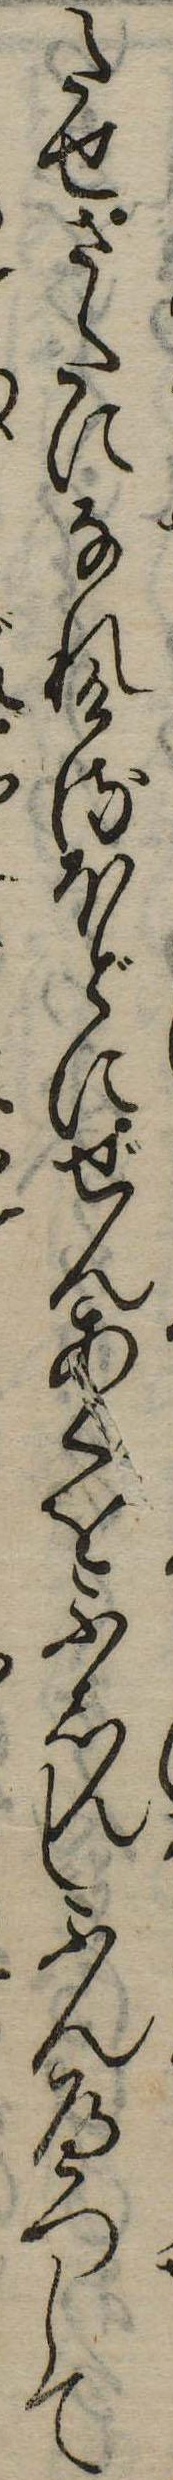
たせさたになれけるほどにぜんあくをふしんしふんへつして